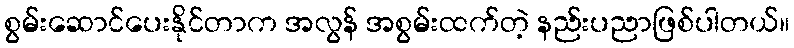
စွမ်းဆောင်ပေးနိုင်တာက အလွန် အစွမ်းထက်တဲ့ နည်းပညာဖြစ်ပါတယ်။